Civil Veterinary Department. Madras. Admin. report 1926-33 - 1926-1933
Year: 1926
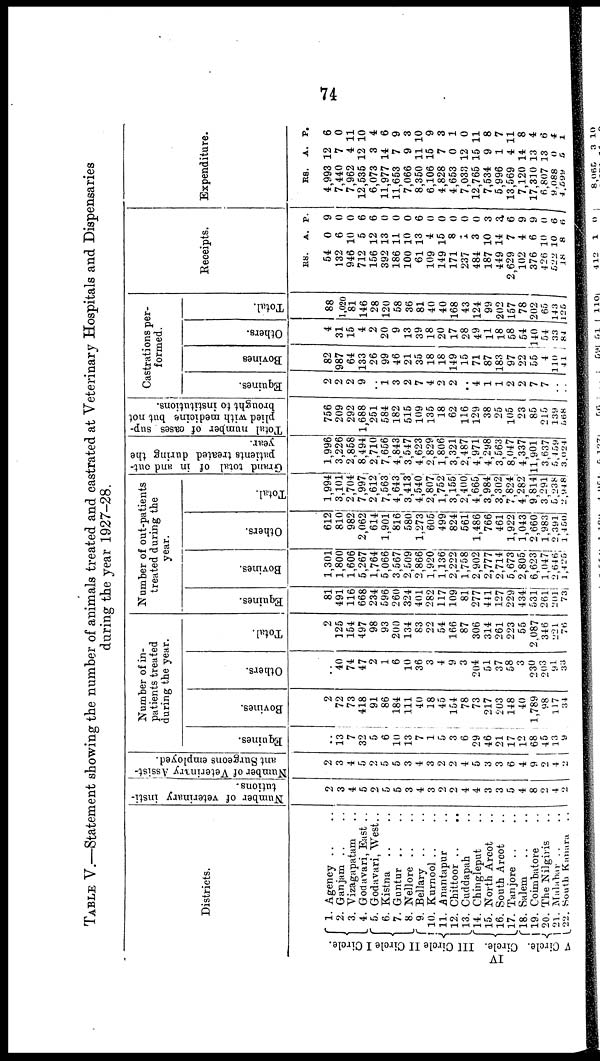
74
TABLE V.—Statement showing the number of animals treated and castrated at Veterinary Hospitals and Dispensaries
during the year 1927-28.
Districts.
I Circle.
II Cirle
III Circle.
IV
Circle.
V Circle.
1. Agency .. ..
2. Ganjam .. ..
3. Vizagapatam ..
4. Godavari, East ..
5. Godavari, West...
6. Kistna .. ..
7. Guntur .. ..
8. Nellore .. ..
9. Bellary .. ..
10. Kurnool .. ..
11. Anantapur ..
12. Chittoor .. ..
13. Cuddapah ..
14. Chingleput ..
15. North Arcot ..
16. South Arcot ..
17. Tanjore .. ..
18. Salem .. ..
19. Coimbatore .. ..
20. The Nilgiris ..
21. Malabar .. ..
22. South Kanara
.. ..
Number of veterinary insti-
tutions.
2
3
4
5
2
5
5
3
4
3
2
2
4
4
3
3
5
4
8
2
4
2
Number of Veterinary Assist-
ant Surgeons employed.
2
3
4
5
2
5
5
3
4
3
2
2
4
5
3
3
6
4
9
2
4
2
Number of in-
patients treated
during the year.
Equines.
..
13
7
32
5
6
10
13
7
1
5
3
6
29
46
21
17 i
12
68
45
13
9
Bovines.
2
72
73
418
91
86
184
111
40
18
45
154
78
73
217
203
148
40
1,789
98
117
34
Others.
40
74
47
2
1
6
10
36
3
4
9
3
204
51
37
58
3
230
9()3
91
33
Total.
2
125
154
497
98
93
200
134
83
22
54
166
87
306
314
261
223
55
2,087
346
221
76
Number of out-patients
treated during the
year.
Equines.
81
491
116
668
234
596
260
324
401
282
117
109
81
277
441
127
229
434
531
261
201
73
Bovines.
1,301
1,800
1,606
5,267
1,764
5,066
3,567
2,509
2,866
1,920
1,136
2,222
1,758
2,902
2,777
2,714
5,673
2,805
6,623
1,047
2,616
1,425
Others.
612
810
982
2,062
614
1,901
816
580
1,273
605
499
824
561
1,486
766
461
1,922
1,043
2,660
1,983
2,391
1,450
Total.
1,994
3,101
2,704
7,997
2,612
7,563
4,643
3,413
4,540
2,807
1,752
3,155
2 400
4,665
3,984
3,302
7'824
4,282
9,814
3 291
5,238
2,948
Grand total of in and out-
patients treated during the
year.
1,996
3,226
2,858
8,494
2,710
7,656
4,843
3,547
4,623
2 829
1,806
3,321
2,487
4,971
4,298
3,563
8,047
4,337
11,901
3,637
5,459
3,1)21
Total number of oases sup-
plied with medicine but not
brought to institutions.
756
209
292
1,688
251
584
182
515
109
135
18
62
116
129
38
25
105
23
85
215
139
568
Castrations per-
formed.
Equines.
2
2
2
9
1 3
2
7
4
2
2
..
4
1
1
2
2
7
7
.. ..
Bovines
82
987
64
133
26
99
46
21
35
18
18
149
15
71
87
183
97
22
55
4
110
41 i
Others.
4
31
15
4
2
20
9
13
39
18
20
17
28
49
11
18
58
54
140
54
33
84
Total.
88
1,020
81
146
28
120
58
36
81
40
40
168
43
124
99
202
157
78
202
65
143
125
Receipts.
RS.
54
132
946
712
156
392
186
100
61
109
149
171
237
484
187
449
2,629
102
376
426 1
522 1
18
A.
0
6
10
5
12
13
11
10
13
4
15
8
1
3
10
14
7
4
6
0
0
8
P.
9
0
0
6
6
0
0
0
6
0
0
0
0
0
3
3
6
9
9
0
6
6
Expenditure.
RS.
4,993
7,440
7,962
12,535
6,073
11,977
11,653
7,066
8,350
6,106
4,828
4,653
7,033
12,765
7,534
5,996
13,569
7,120
17,310
6,807
9.088
4,599
A.
12
7
4
12
3
14
7
9
11
15
7
0
12
15
9
1
4
14
13
13
0
5
P.
6
0
11
10
4
6
9
3
10
9
3
1
0
11
8
7
11
8
4
6
4
1